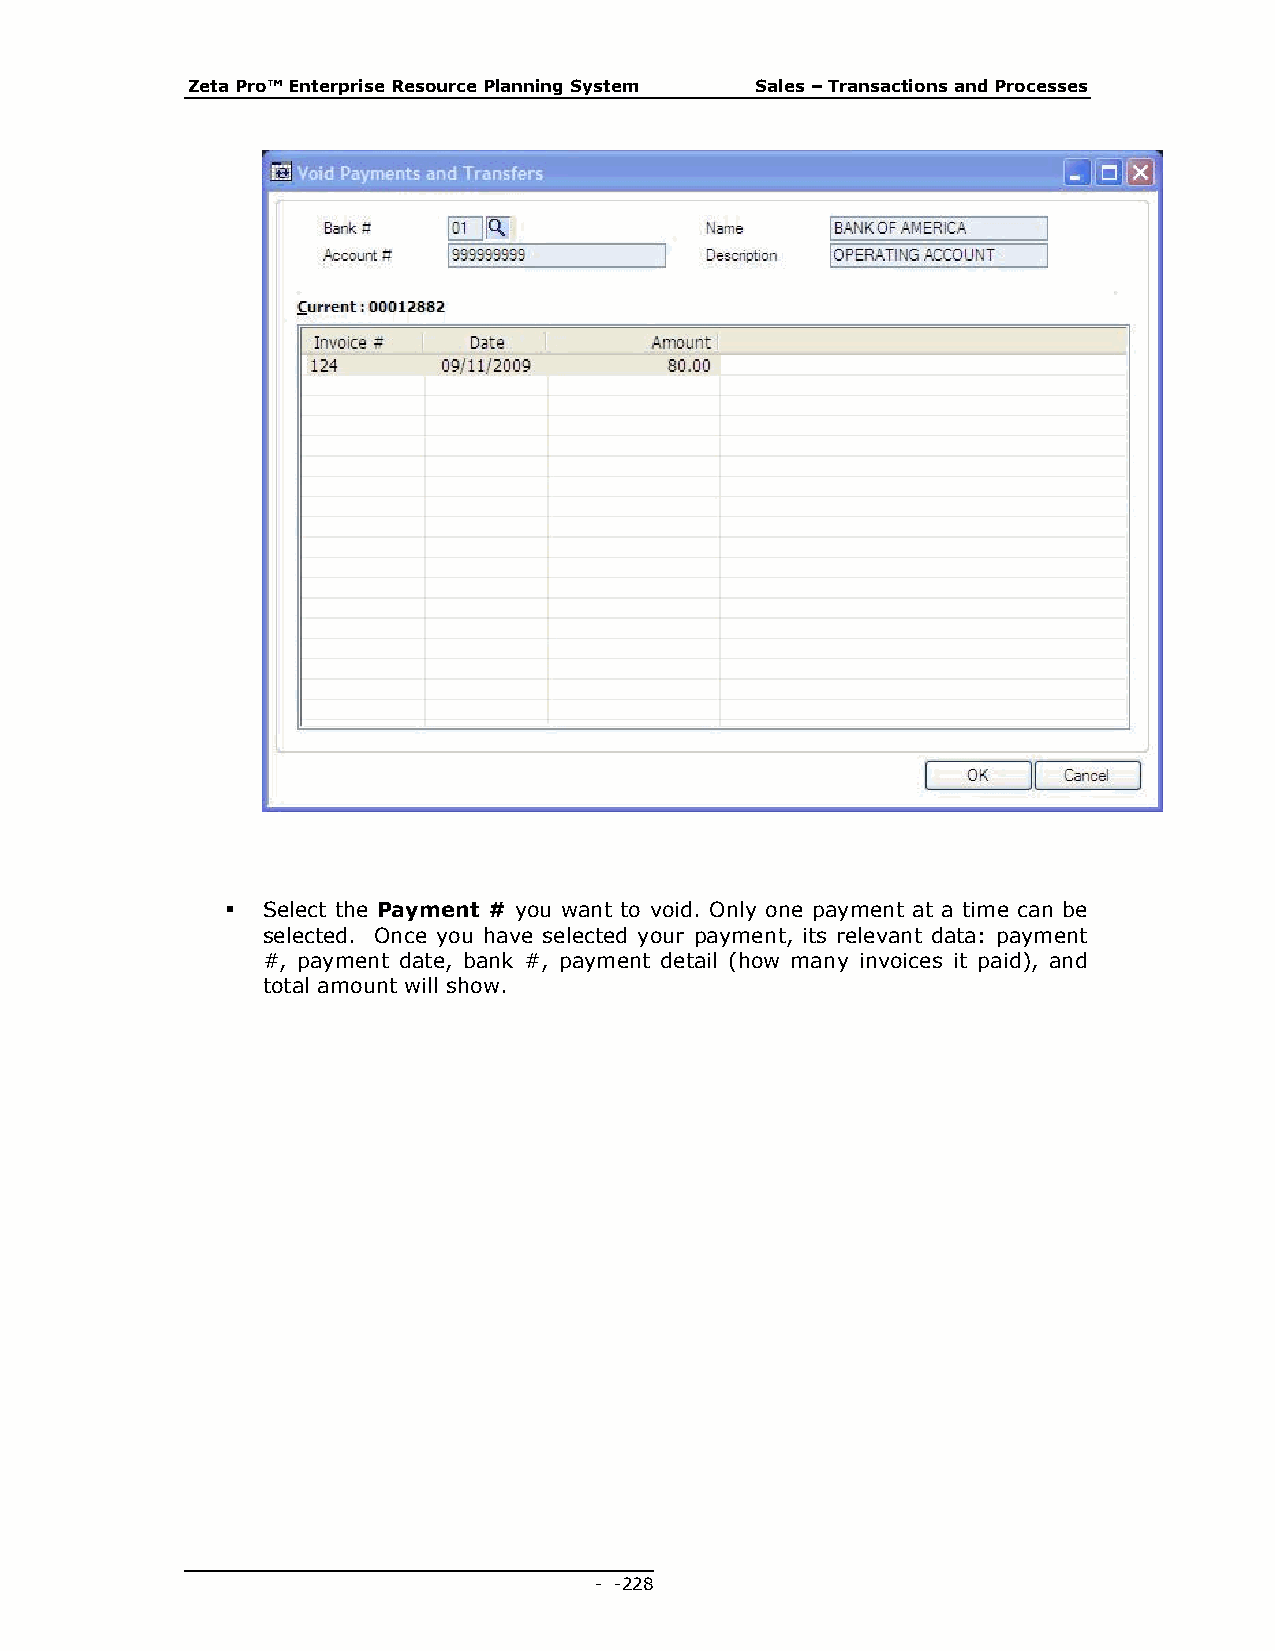
Zeta Pro™ Enterprise Resource Planning System Sales – Transactions and Processes
  Select the Payment # you want to void. Only one payment at a time can be
 selected. Once you have selected your payment, its relevant data: payment
 #, payment date, bank #, payment detail (how many invoices it paid), and
 total amount will show.
 - - 228